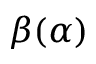
\beta ( \alpha )